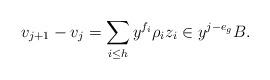
LaTeX: \begin{align*} v_{j+1} - v_j = \sum_{i\leq h} y^{f_i}\rho_i z_i \in y^{j-e_g}B.\end{align*}